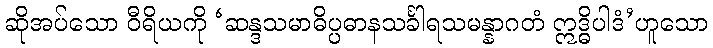
ဆိုအပ်သော ဝီရိယကို ‘ဆန္ဒသမာဓိပ္ပဓာနသင်္ခါရသမန္နာဂတံ ဣဒ္ဓိပါဒံ’ဟူသော